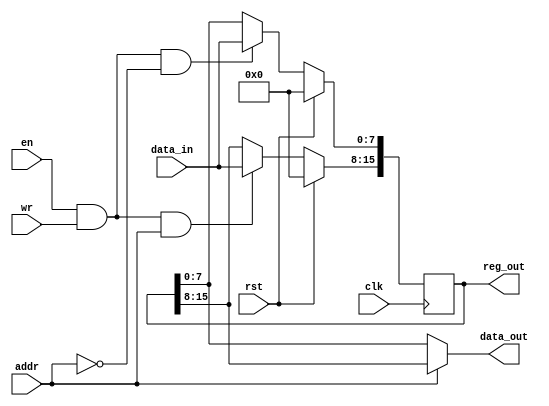


// synopsys translate_off

`timescale 1ns/10ps

// synopsys translate_on

module reg2byte(clk, rst, en, wr, addr, data_in, data_out, reg_out);
    input           clk;
    input           rst;
    input           en;
    input           wr;
    input           addr;
    input   [7:0]   data_in;
    output  [7:0]   data_out;
    output  [15:0]  reg_out;

    reg     [15:0]  reg_out;

    wire wr0  = en && wr && addr == 0;
    wire wr1  = en && wr && addr == 1;

    wire [7:0] reg0_next = wr0 ? data_in : reg_out[7:0];
    wire [7:0] reg1_next = wr1 ? data_in : reg_out[15:8];

    wire [7:0] data_out_mux = 
                    addr == 1'd0 ? reg_out[7:0] : reg_out[15:8];
    assign data_out = data_out_mux;

    always @(posedge clk)
    begin
        if (rst) begin
            reg_out <= 16'b0;
        end
        else begin
            reg_out[7:0]     <= reg0_next;
            reg_out[15:8]    <= reg1_next;
        end
    end
endmodule